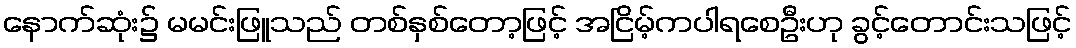
နောက်ဆုံး၌ မမင်းဖြူသည် တစ်နှစ်တော့ဖြင့် အငြိမ့်ကပါရစေဦးဟု ခွင့်တောင်းသဖြင့်